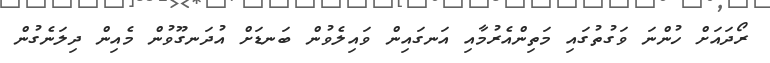
ރޯދައަށް ހުންނަ ވަގުތުގައި މަތިންއެރުމާއި އަނގައިން ވައިލެވުން ބަނޑަށް އުދަނގޫވުން މެއިން ދިލަނެގުން